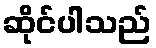
ဆိုင်ပါသည်